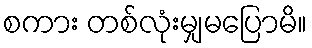
စကား တစ်လုံးမျှမပြောမိ။